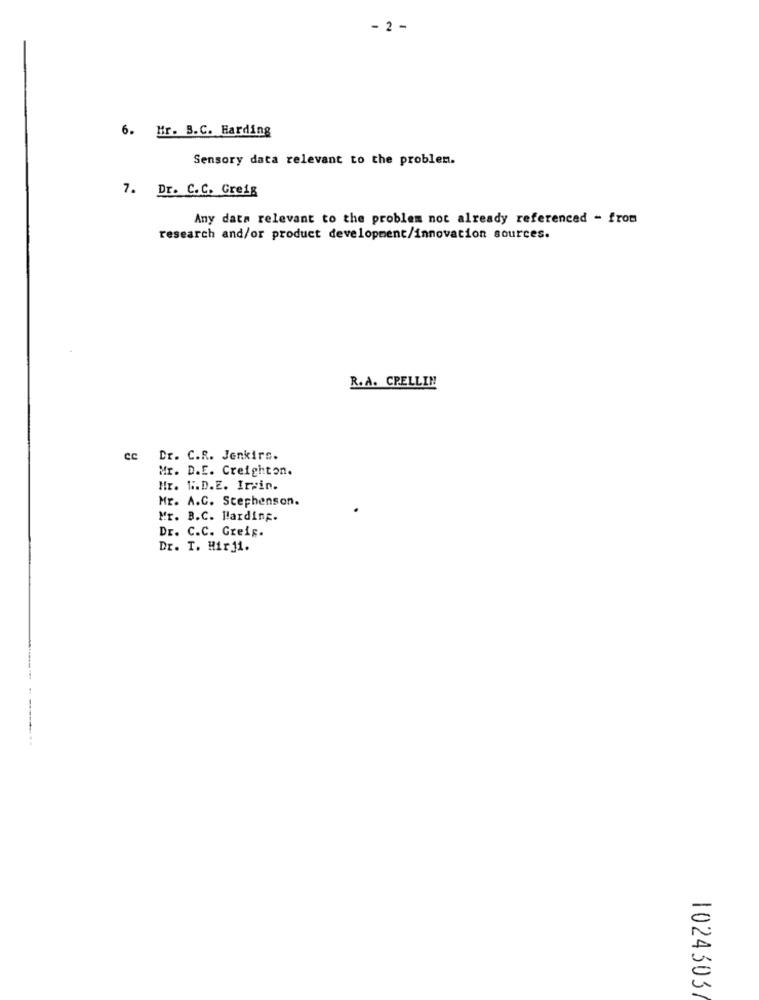
- 2 -
6. Hr. B.C. Harding
Sensory data relevant to the problem.
7. Dr. C.C. Greig
Any data relevant to the problem not already referenced - from
research and/or product development/innovation sources.
R.A. CPELLIN
ec
Dr. C.R. Jenkirs.
Mr. D.E. Creighton.
Hr. W.D.E. Irwin.
Mr. A.C. Stephenson.
Mr. B.C. Harding.
Dr. C.C. Greis.
Dr. T. Hir11.
1024303